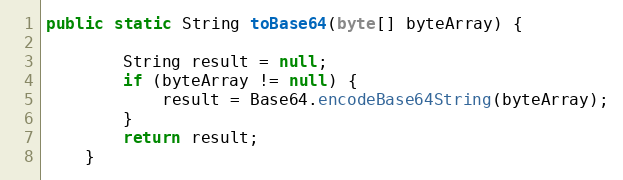
Language: Java
public static String toBase64(byte[] byteArray) {

        String result = null;
        if (byteArray != null) {
            result = Base64.encodeBase64String(byteArray);
        }
        return result;
    }